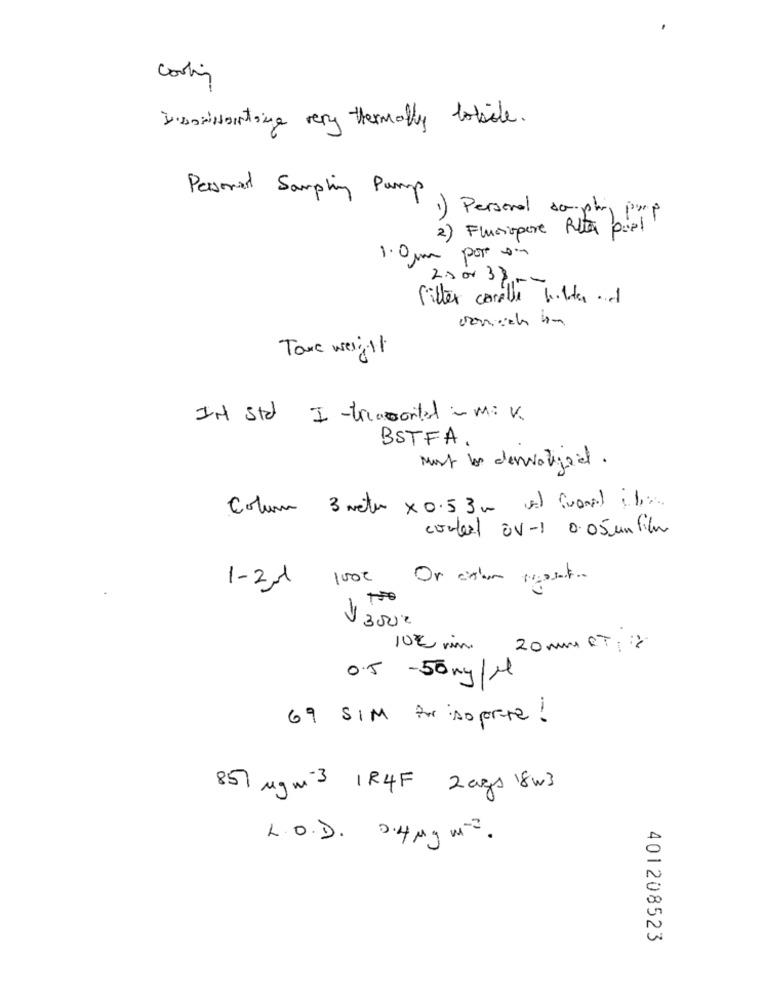
Cooling
Dimoiwanting very thermally lobile.
Personal Sampling Pump
1) Personal somphy
2) Fusiopere Alta pel
1.0 mm por 0.
2500 33 ,--
filter carelle butter . d
Taxe weight
IN std I -tresorted i m= v.
BSTFA.
Must los dervatizea.
Colum 3 meter x 0.5,3 m vil (vanil ibiza
contert Ov-1 0.05 un film
1000
1 - 2 -1
3000
10€ rin 20 mm ET:33
0.5 -50 mg/M
69 SIM for so porte!
857 Mg m-3 1R4F 2ags 18w3
L.O.D. 2.4 Mg m2.
401208523